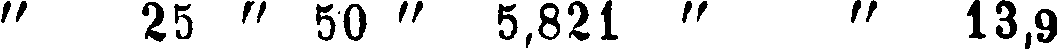
" 25 " 50 " 5,821 " " 13,9